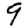
Digit: 9